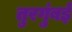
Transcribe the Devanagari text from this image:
तुरगुंबई